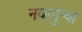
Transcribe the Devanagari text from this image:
नवापुर्‍या